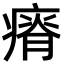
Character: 瘠